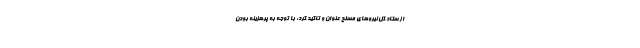
از ستاد کل نیروهای مسلح عنوان و تاکید کرد: با توجه به پرهزینه بودن